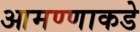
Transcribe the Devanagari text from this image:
आमण्णाकडे